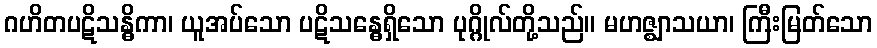
ဂဟိတပဋိသန္ဓိကာ၊ ယူအပ်သော ပဋိသန္ဓေရှိသော ပုဂ္ဂိုလ်တို့သည်။ မဟဇ္ဈာသယာ၊ ကြီးမြတ်သော